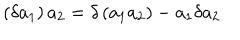
\left( \delta a _ { 1 } \right) a _ { 2 } = \delta \left( a _ { 1 } a _ { 2 } \right) - a _ { 1 } \delta a _ { 2 }